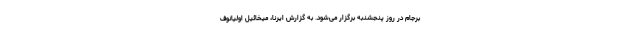
برجام در روز پنجشنبه برگزار می‌شود. به گزارش ایرنا، میخائیل اولیانوف